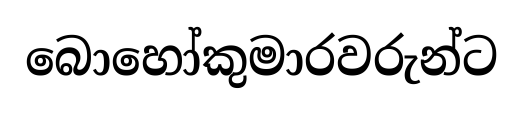
බොහෝකුමාරවරුන්ට